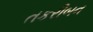
તકરીબન